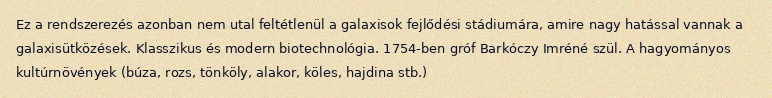
Ez a rendszerezés azonban nem utal feltétlenül a galaxisok fejlődési stádiumára, amire nagy hatással vannak a galaxisütközések. Klasszikus és modern biotechnológia. 1754-ben gróf Barkóczy Imréné szül. A hagyományos kultúrnövények (búza, rozs, tönköly, alakor, köles, hajdina stb.)